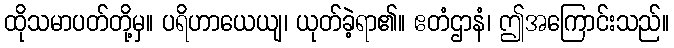
ထိုသမာပတ်တို့မှ။ ပရိဟာယေယျ၊ ယုတ်ခဲ့ရာ၏။ ဧတံဌာနံ၊ ဤအကြောင်းသည်။